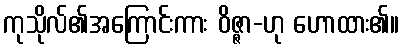
ကုသိုလ်၏အကြောင်းကား ဝိဇ္ဇာ-ဟု ဟောထား၏။